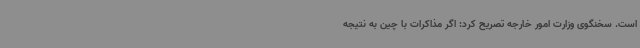
است. سخنگوی وزارت امور خارجه تصریح کرد: اگر مذاکرات با چین به نتیجه